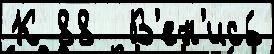
К 88  В'ен'ись́